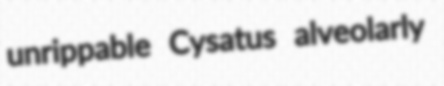
unrippable Cysatus alveolarly